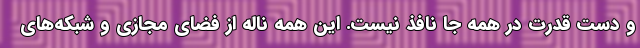
و دست قدرت در همه جا نافذ نیست. این همه ناله از فضای مجازی و شبکه‌های